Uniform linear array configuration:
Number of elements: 64
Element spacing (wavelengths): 0.25
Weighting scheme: hann
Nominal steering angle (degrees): -30
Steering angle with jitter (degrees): -29.828
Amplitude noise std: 0.05
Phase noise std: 0.05

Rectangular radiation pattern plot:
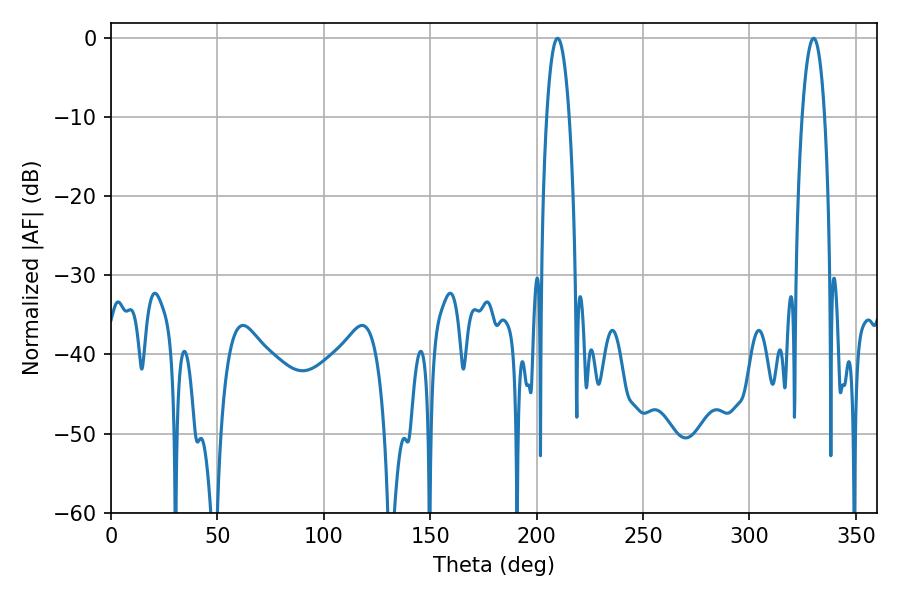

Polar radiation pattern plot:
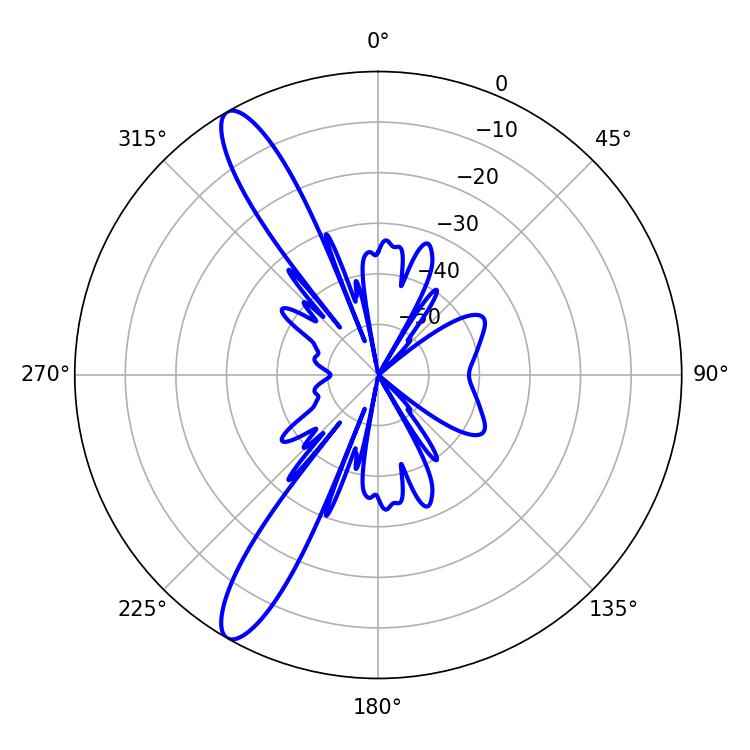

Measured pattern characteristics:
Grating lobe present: FALSE
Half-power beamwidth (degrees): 5.76
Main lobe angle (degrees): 209.88